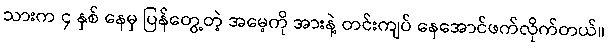
သားက ၄ နှစ် နေမှ ပြန်တွေ့တဲ့ အမေ့ကို အားနဲ့ တင်းကျပ် နေအောင်ဖက်လိုက်တယ်။